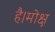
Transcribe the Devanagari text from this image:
है।मोक्ष